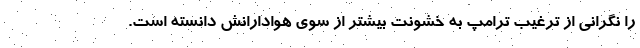
را نگرانی از ترغیب ترامپ به خشونت بیشتر از سوی هوادارانش دانسته است.